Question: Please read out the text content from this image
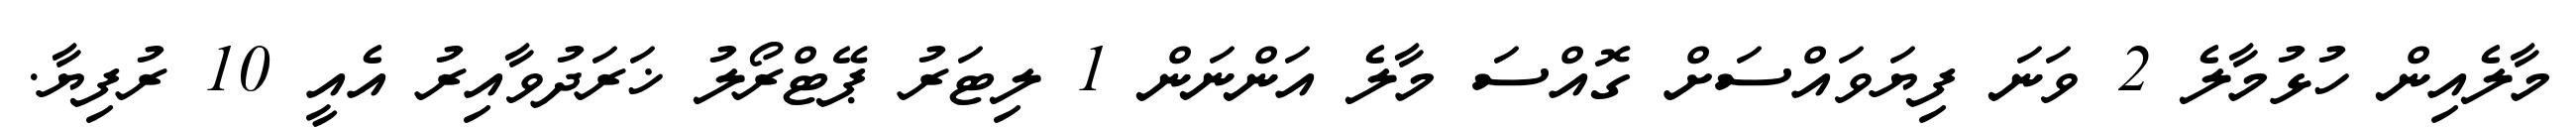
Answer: މާލެއިން ހުޅުމާލެ 2 ވަނަ ފިޔަވައްސަށް ގޮއްސަ މާލެ އަންނަން 1 ލިޓަރު ޕޭޓްރޯލު ޚަރަދުވާއިރު އެއީ 10 ރުފިޔާ.